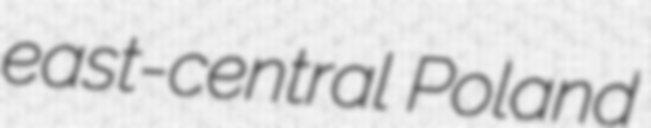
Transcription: east-central Poland